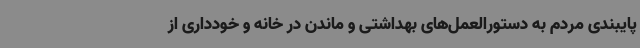
پایبندی مردم به دستورالعمل‌های بهداشتی و ماندن در خانه و خودداری از